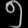
Digit: ၅